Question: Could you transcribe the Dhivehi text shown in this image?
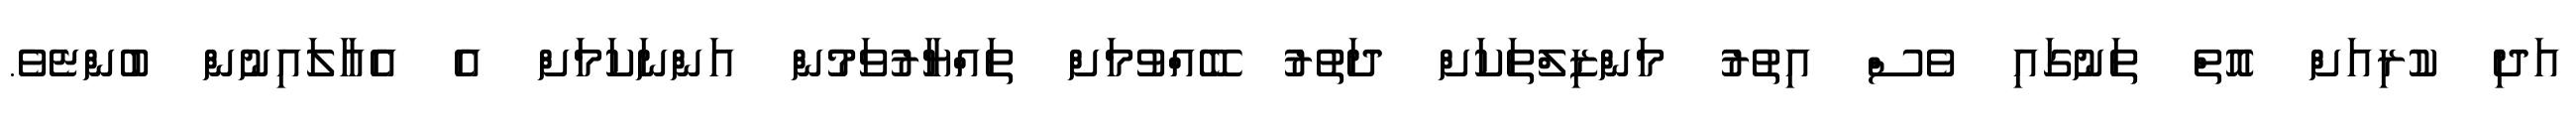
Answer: އަދި ކުރިއަށް އޮތް ތަނުގައި ވެސް އިތުރު މަންޒިލްތަކަށް ދަތުރު ބޭއްވުމަށް ތައްޔާރުވަމުން އަންނަކަމަށް އެ އެއާލައިނުން ބުންޏެވެ.